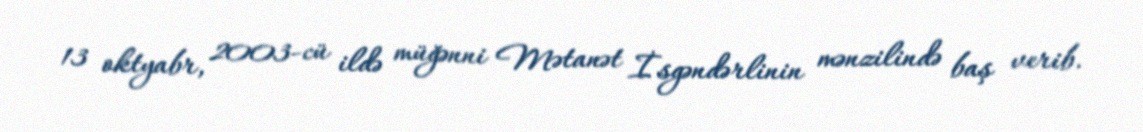
13 oktyabr, 2003-cü ildə müğənni Mətanət İsgəndərlinin mənzilində baş verib.